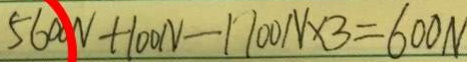
5 6 0 0 N + 1 0 0 N - 1 7 0 0 N \times 3 = 6 0 0 N